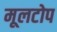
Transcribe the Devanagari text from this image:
मूलटोप